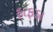
ફાફડા